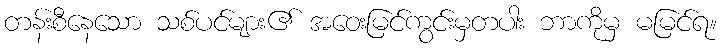
တန်းစီနေသော သစ်ပင်များ၏ အဝေးမြင်ကွင်းမှတပါး ဘာကိုမှ မမြင်ရ။